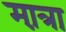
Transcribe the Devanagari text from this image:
मा़त्रा